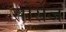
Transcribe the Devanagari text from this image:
सोर्सेज